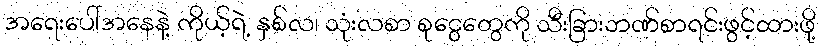
အရေးပေါ်အနေနဲ့ ကိုယ့်ရဲ့ နှစ်လ၊ သုံးလစာ စုငွေတွေကို သီးခြားဘဏ်စာရင်းဖွင့်ထားဖို့